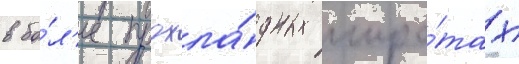
в бо́л'ее прохла́дных широ́тах